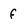
Character: f